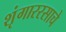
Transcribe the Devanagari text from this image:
शृंगाररसाचे